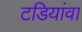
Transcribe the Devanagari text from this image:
टडियांवा